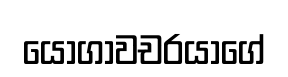
යෝගාවචරයාගේ